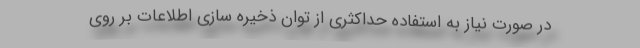
در صورت نیاز به استفاده حداکثری از توان ذخیره سازی اطلاعات بر روی